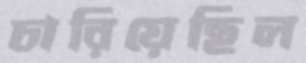
চারিয়েছিল